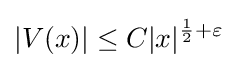
|V(x)|\leq C|x|^{{\frac {1}{2}}+\varepsilon }